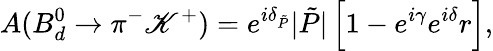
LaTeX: A(B_{d}^{0}\to\pi^{-}\mathscr{K}^{+})=e^{i\delta_{\tilde{{P}}}}|\tilde{{P}}|\left[1-e^{i\gamma}e^{i\delta}r\right],